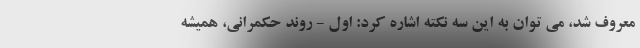
معروف شد، می توان به این سه نکته اشاره کرد: اول - روند حکمرانی، همیشه